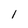
Character: 1